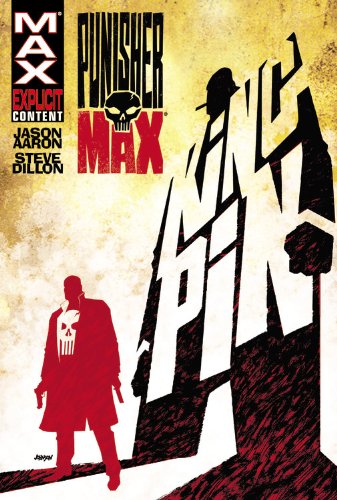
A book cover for PunisherMax: Kingpin; Jason Aaron; Comics & Graphic Novels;